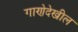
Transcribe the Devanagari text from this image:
गाणेदेखील